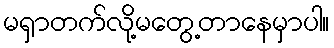
မရှာတက်လို့မတွေ့တာနေမှာပါ။